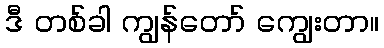
ဒီ တစ်ခါ ကျွန်တော် ကျွေးတာ။